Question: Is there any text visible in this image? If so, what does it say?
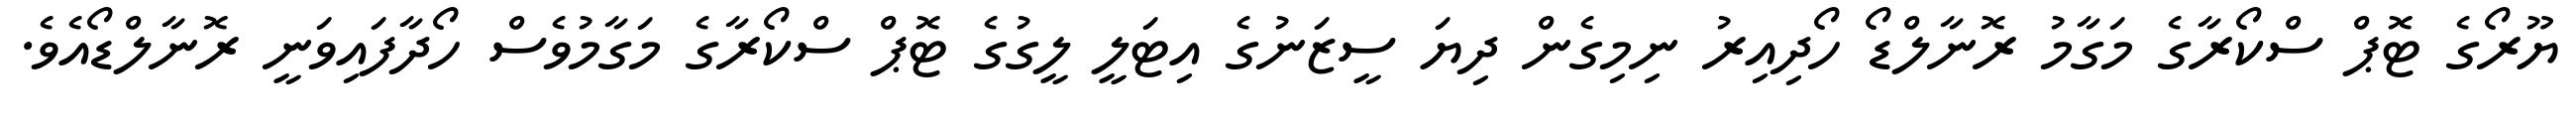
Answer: ޔޫރޯގެ ޓޮޕް ސްކޯރާގެ މަގާމު ރޮނާލްޑޯ ހޯދިއިރު ނިމިގެން ދިޔަ ސީޒަނުގެ އިޓަލީ ލީގުގެ ޓޮޕް ސްކޯރާގެ މަގާމުވެސް ހޯދާފައިވަނީ ރޮނާލްޑޯއެވެ.